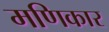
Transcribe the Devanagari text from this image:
मणिकार